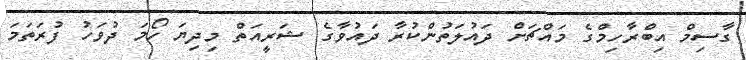
ގާސިމް އިބްރާހިމްގެ މައްޗަށް ދައުލަތުންކުރާ ދައުވާގެ ޝަރީއަތް މިދިޔަ ހޯމަ ދުވަހު ފުރަތަމަ